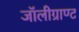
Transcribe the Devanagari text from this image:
जॉलीग्राण्ट